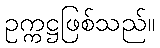
ဥက္ကဋ္ဌဖြစ်သည်။